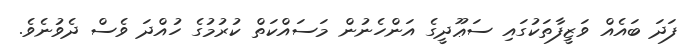
ފަދަ ބައެއް ވަޒީފާތަކުގައި ސަޢޫދީގެ އަންހެނުން މަސައްކަތް ކުރުމުގެ ހުއްދަ ވެސް ދެވުނެވެ.